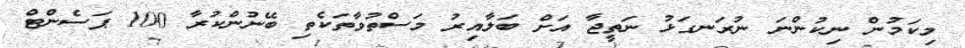
މިކަމުން ނިކުންނަ ނުރަނގަޅު ނަތީޖާ އަށް ބަލާއިރު މަސްތުވާތަކެތި ބޭނުންކުރާ 100 ޕަސެންޓް